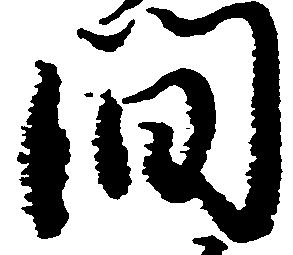
間